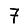
Digit: 7